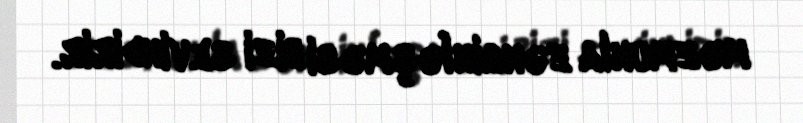
məzmunla zənginləşməsi bizi sevindirir.